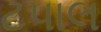
ટપાલ